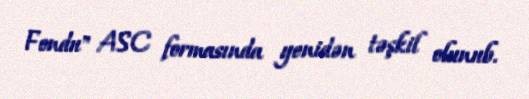
Fondu" ASC formasında yenidən təşkil olunub.